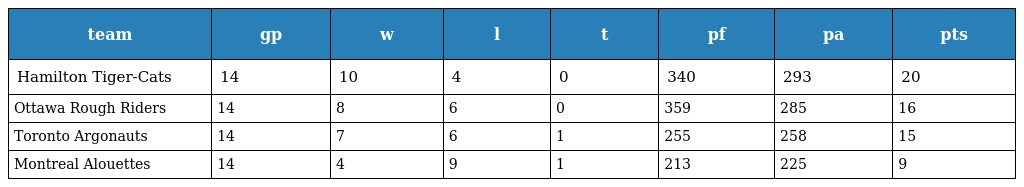
| team | gp | w | l | t | pf | pa | pts |
 | --- | --- | --- | --- | --- | --- | --- | --- |
 | Hamilton Tiger-Cats | 14 | 10 | 4 | 0 | 340 | 293 | 20 |
 | Ottawa Rough Riders | 14 | 8 | 6 | 0 | 359 | 285 | 16 |
 | Toronto Argonauts | 14 | 7 | 6 | 1 | 255 | 258 | 15 |
 | Montreal Alouettes | 14 | 4 | 9 | 1 | 213 | 225 | 9 |